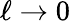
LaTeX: \ell\rightarrow 0